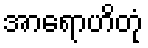
အာရောဟိတုံ